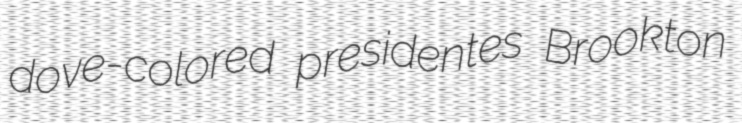
dove-colored presidentes Brookton